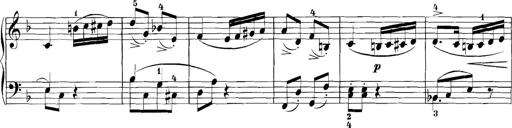
Title: 3 Sonatinas
Composer: Carl Reinecke